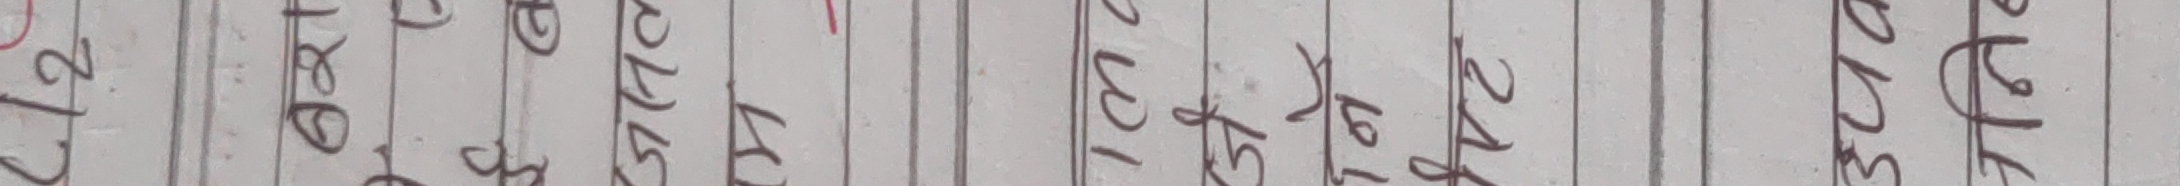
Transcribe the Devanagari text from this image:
२१ ९८ ३५ ३४ २८ ४१ १०३ ४५ २६ २४७ ३२३ ३९६